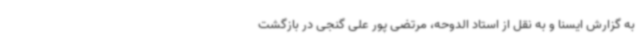
به گزارش ایسنا و به نقل از استاد الدوحه، مرتضی پور علی گنجی در بازگشت